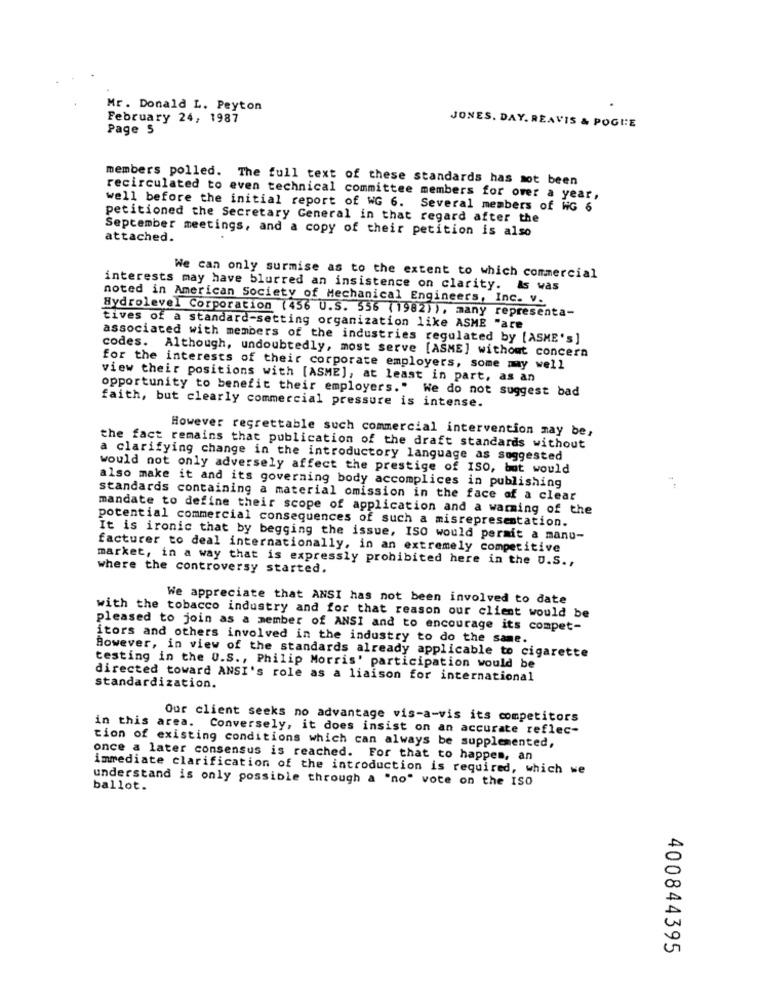
Mr. Donald L. Peyton
February 24, 1987
Page 5
JONES. DAY. REAVIS & POGLE
members polled. The full text of these standards has not been
recirculated to even technical committee members for over a year,
well before the initial report of WG 6. Several members of WG 6
petitioned the Secretary General in that regard after the
September meetings, and a copy of their petition is also
attached.
We can only surmise as to the extent to which commercial
interests may have blurred an insistence on clarity. As was
noted in American Society of Mechanical Engineers, Inc. v.
Hydrolevel Corporation (456 U.S. 556 (1982)), many representa-
tives of a standard-setting organization like ASME "are
associated with members of the industries regulated by [ASME's]
codes. Although, undoubtedly, most serve [ASME] without concern
for the interests of their corporate employers, some my well
view their positions with [ASME], at least in part, as an
opportunity to benefit their employers." We do not suggest bad
faith, but clearly commercial pressure is intense.
However regrettable such commercial intervention may be,
the fact remains that publication of the draft standards without
a clarifying change in the introductory language as suggested
would not only adversely affect the prestige of ISO, but would
also make it and its governing body accomplices in publishing
standards containing a material omission in the face of a clear
mandate to define their scope of application and a warming of the
potential commercial consequences of such a misrepresentation.
It is ironic that by begging the issue, ISO would permit a manu-
facturer to deal internationally, in an extremely competitive
market, in a way that is expressly prohibited here in the U.S .,
where the controversy started.
We appreciate that ANSI has not been involved to date
with the tobacco industry and for that reason our client would be
pleased to join as a member of ANSI and to encourage its compet-
itors and others involved in the industry to do the same.
However, in view of the standards already applicable to cigarette
testing in the U.S ., Philip Morris' participation would be
directed toward ANSI's role as a liaison for international
standardization.
Our client seeks no advantage vis-a-vis its competitors
in this area. Conversely, it does insist on an accurate reflec-
tion of existing conditions which can always be supplemented,
once a later consensus is reached. For that to happen, an
immediate clarification of the introduction is required, which we
understand is only possible through a "no" vote on the ISO
ballot.
400844395